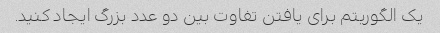
یک الگوریتم برای یافتن تفاوت بین دو عدد بزرگ ایجاد کنید.